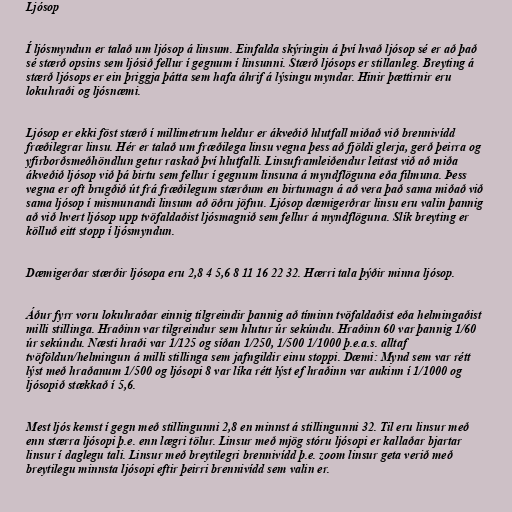
Ljósop

Í ljósmyndun er talað um ljósop á linsum. Einfalda skýringin á því hvað ljósop sé er að það
sé stærð opsins sem ljósið fellur í gegnum í linsunni. Stærð ljósops er stillanleg. Breyting á
stærð ljósops er ein þriggja þátta sem hafa áhrif á lýsingu myndar. Hinir þættirnir eru
lokuhraði og ljósnæmi.

Ljósop er ekki föst stærð í millimetrum heldur er ákveðið hlutfall miðað við brennivídd
fræðilegrar linsu. Hér er talað um fræðilega linsu vegna þess að fjöldi glerja, gerð þeirra og
yfirborðsmeðhöndlun getur raskað því hlutfalli. Linsuframleiðendur leitast við að miða
ákveðið ljósop við þá birtu sem fellur í gegnum linsuna á myndflöguna eða filmuna. Þess
vegna er oft brugðið út frá fræðilegum stærðum en birtumagn á að vera það sama miðað við
sama ljósop í mismunandi linsum að öðru jöfnu. Ljósop dæmigerðrar linsu eru valin þannig
að við hvert ljósop upp tvöfaldaðist ljósmagnið sem fellur á myndflöguna. Slík breyting er
kölluð eitt stopp í ljósmyndun.

Dæmigerðar stærðir ljósopa eru 2,8 4 5,6 8 11 16 22 32. Hærri tala þýðir minna ljósop.

Áður fyrr voru lokuhraðar einnig tilgreindir þannig að tíminn tvöfaldaðist eða helmingaðist
milli stillinga. Hraðinn var tilgreindur sem hlutur úr sekúndu. Hraðinn 60 var þannig 1/60
úr sekúndu. Næsti hraði var 1/125 og síðan 1/250, 1/500 1/1000 þ.e.a.s. alltaf
tvöföldun/helmingun á milli stillinga sem jafngildir einu stoppi. Dæmi: Mynd sem var rétt
lýst með hraðanum 1/500 og ljósopi 8 var líka rétt lýst ef hraðinn var aukinn í 1/1000 og
ljósopið stækkað í 5,6.

Mest ljós kemst í gegn með stillingunni 2,8 en minnst á stillingunni 32. Til eru linsur með
enn stærra ljósopi þ.e. enn lægri tölur. Linsur með mjög stóru ljósopi er kallaðar bjartar
linsur í daglegu tali. Linsur með breytilegri brennivídd þ.e. zoom linsur geta verið með
breytilegu minnsta ljósopi eftir þeirri brennivídd sem valin er.